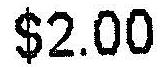
$2.00